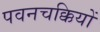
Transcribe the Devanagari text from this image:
पवनचक्कियों